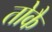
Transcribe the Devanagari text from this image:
तोकै